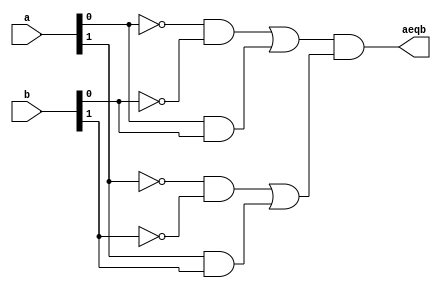
//Listing 7.16
//Chapter 7
//Page 203
//Copyright 2008

module eq2_function
    (
     input wire [1:0] a, b,
     output reg aeqb
    );
    
    reg e0, e1;
    
    always @*
        begin
            #2 e0 = equ_fnc(a[0], b[0]);
            #2 e1 = equ_fnc(a[1], b[1]);
            aeqb = e0 & e1;
        end
        
    // function declaration
    function equ_fnc(input i0, i1);
        begin
            equ_fnc = (~i0 & ~i1) | (i0 & i1);
        end
    endfunction
    
endmodule           // eq2_function